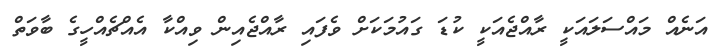
އަނެއް މައްސަލައަކީ ރާއްޖެއަކީ ކުޑަ ގައުމަކަށް ވެފައި ރާއްޖެއިން ވިއްކާ އެއްޗެއްހީގެ ބާވަތް